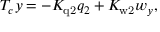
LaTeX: T _ { c } y = - K _ { \mathrm { q 2 } } q _ { 2 } + K _ { \mathrm { w 2 } } { w _ { y } } ,